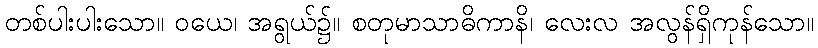
တစ်ပါးပါးသော။ ဝယေ၊ အရွယ်၌။ စတုမာသာဓိကာနိ၊ လေးလ အလွန်ရှိကုန်သော။